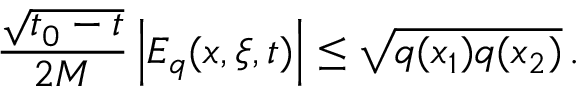
\frac { \sqrt { t _ { 0 } - t } } { 2 M } \left| E _ { q } ( x , \xi , t ) \right| \leq \sqrt { q ( x _ { 1 } ) q ( x _ { 2 } ) } \, .